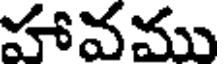
హావము